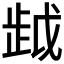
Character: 𰙯